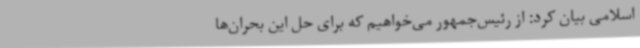
اسلامی بیان کرد: از رئیس‌جمهور می‌خواهیم که برای حل این بحران‌ها